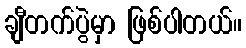
ချီတက်ပွဲမှာ ဖြစ်ပါတယ်။